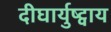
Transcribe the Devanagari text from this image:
दीघार्युष्ट्वाय